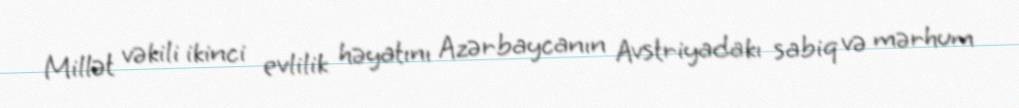
Millət vəkili ikinci evlilik həyatını Azərbaycanın Avstriyadakı sabiq və mərhum